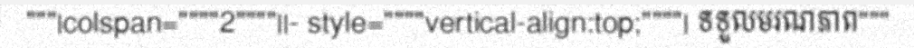
"""|colspan=""""2""""||- style=""""vertical-align:top;""""| ទទួលមរណភាព"""